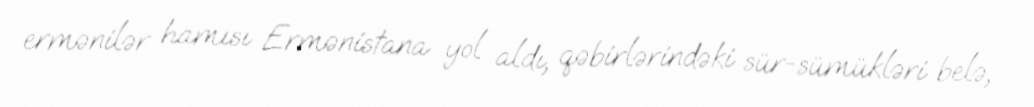
ermənilər hamısı Ermənistana yol aldı, qəbirlərindəki sür-sümükləri belə,